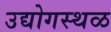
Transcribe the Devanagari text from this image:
उद्योगस्थळ